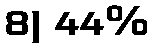
8) 44%